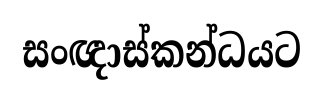
සංඥාස්කන්ධයට